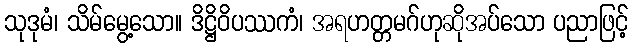
သုဒုမံ၊ သိမ်မွေ့သော။ ဒိဋ္ဌိဝိပဿကံ၊ အရဟတ္တမဂ်ဟုဆိုအပ်သော ပညာဖြင့်